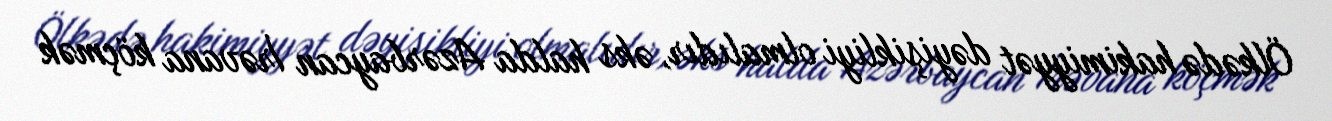
Ölkədə hakimiyyət dəyişikliyi olmalıdır, əks halda Azərbaycan İrəvana köçmək